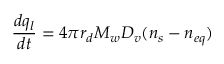
\frac { d q _ { l } } { d t } = 4 \pi r _ { d } M _ { w } D _ { v } ( n _ { s } - n _ { e q } )